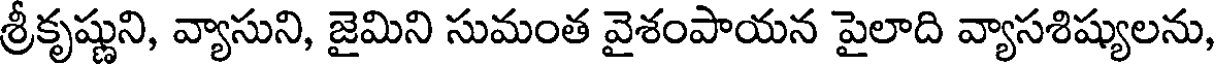
శ్రీకృష్ణుని, వ్యాసుని, జైమిని సుమంత వైశంపాయన పైలాది వ్యాసశిష్యులను,